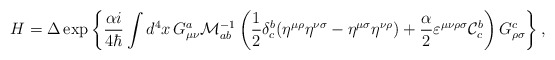
\begin{align*} H=\Delta\exp\left\{\frac{\alpha i}{4\hbar}\int d^4x\, G^a_{\mu\nu}{\cal M}^{-1}_{ab}\left( \frac{1}{2}\delta^b_c(\eta^{\mu\rho}\eta^{\nu\sigma}-\eta^{\mu\sigma} \eta^{\nu\rho})+\frac{\alpha}{2}\varepsilon^{\mu\nu\rho\sigma} {\cal C}^b_c\right)G^c_{\rho\sigma}\right\},\end{align*}